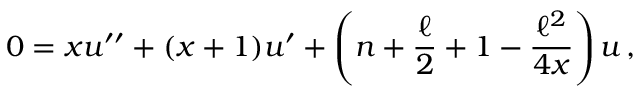
0 = x u ^ { \prime \prime } + ( x + 1 ) u ^ { \prime } + \left( n + \frac { \ell } { 2 } + 1 - \frac { \ell ^ { 2 } } { 4 x } \right) u \, ,